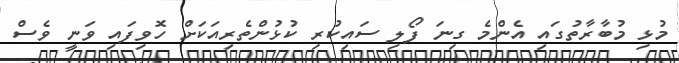
މުޅި މުބާރާތުގައި އެންމެ ގިނަ ފޯލި ސައިކުރި ކުޅުންތެރިއަކަށް ހޮވިފައި ވަނީ ވެސް